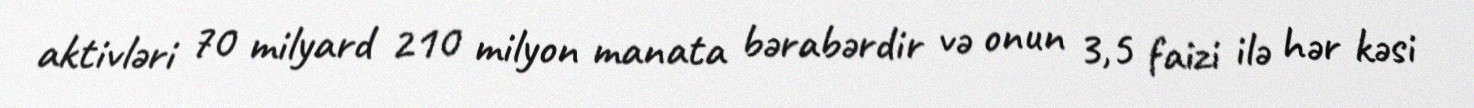
aktivləri 70 milyard 210 milyon manata bərabərdir və onun 3,5 faizi ilə hər kəsi